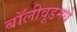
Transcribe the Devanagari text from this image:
बॉलीवूडमधे